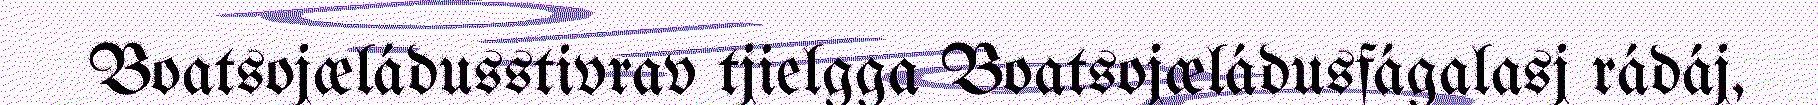
Boatsojæládusstivrav tjielgga Boatsojæládusfágalasj rádáj,